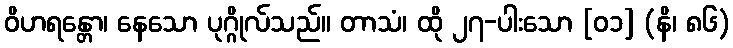
ဝိဟရန္တော၊ နေသော ပုဂ္ဂိုလ်သည်။ တာသံ၊ ထို ၂၇-ပါးသော [၀၁] (နိ၊ ၈၆)